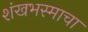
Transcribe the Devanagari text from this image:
शंखभस्माचा